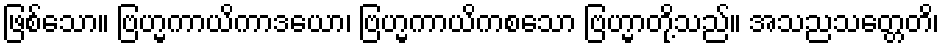
ဖြစ်သော။ ဗြဟ္မကာယိကာဒယော၊ ဗြဟ္မကာယိကစသော ဗြဟ္မာတို့သည်။ အသညသတ္တေတိ၊